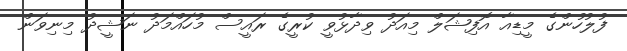
ފުލުހުންގެ މީޑިއާ އޮފިޝަލް މިއަދު ވިދާޅުވީ ކުރީގެ ރައީސް މުހައްމަދު ނަޝީދު މިނިވަން